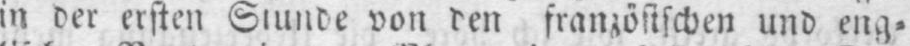
von den französischen und eng⸗